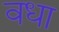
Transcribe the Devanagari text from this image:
वधा